Indian journal of veterinary science and animal husbandry - Volume 2,
Year: 1932
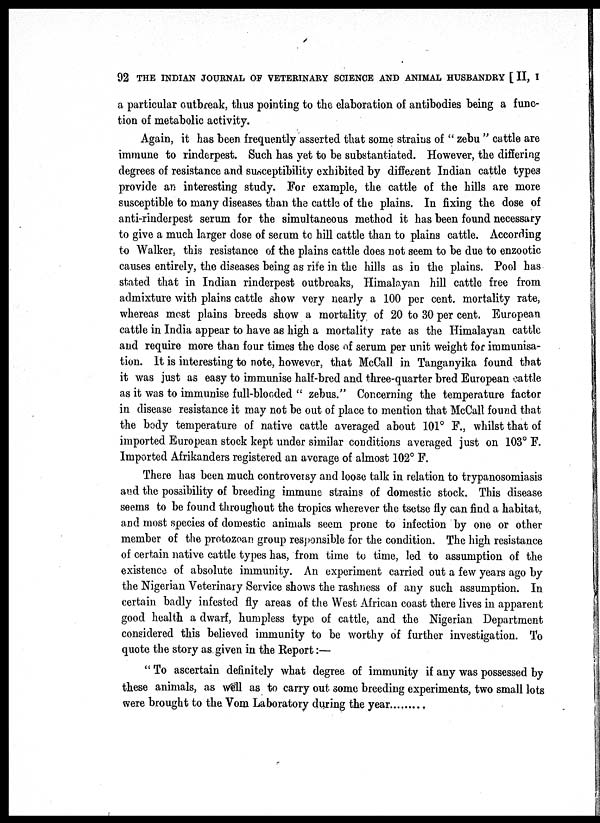
92 THE INDIAN JOURNAL OF VETERINARY SCIENCE AND ANIMAL HUSBANDRY [ II, I
a particular outbreak, thus pointing to the elaboration of antibodies being a func-
tion of metabolic activity.
Again, it has been frequently asserted that some strains of " zebu " cattle are
immune to rinderpest. Such has yet to be substantiated. However, the differing
degrees of resistance and susceptibility exhibited by different Indian cattle types
provide an interesting study. For example, the cattle of the hills are more
susceptible to many diseases than the cattle of the plains. In fixing the dose of
anti-rinderpest serum for the simultaneous method it has been found necessary
to give a much larger dose of serum to hill cattle than to plains cattle. According
to Walker, this resistance of the plains cattle does not seem to be due to enzootic
causes entirely, the diseases being as rife in the hills as in the plains. Pool has
stated that in Indian rinderpest outbreaks, Himalayan hill cattle free from
admixture with plains cattle show very nearly a 100 per cent. mortality rate,
whereas most plains breeds show a mortality of 20 to 30 per cent. European
cattle in India appear to have as high a mortality rate as the Himalayan cattle
and require more than four times the dose of serum per unit weight for immunisa-
tion. It is interesting to note, however, that McCall in Tanganyika found that
it was just as easy to immunise half-bred and three-quarter bred European cattle
as it was to immunise full-blooded " zebus." Concerning the temperature factor
in disease resistance it may not be out of place to mention that McCall found that
the body temperature of native cattle averaged about 101° F., whilst that of
imported European stock kept under similar conditions averaged just on 103° F.
Imported Afrikanders registered an average of almost 102° F.
There has been much controversy and loose talk in relation to trypanosomiasis
and the possibility of breeding immune strains of domestic stock. This disease
seems to be found throughout the tropics wherever the tsetse fly can find a habitat,
and most species of domestic animals seem prone to infection by one or other
member of the protozoan group responsible for the condition. The high resistance
of certain native cattle types has, from time to time, led to assumption of the
existence of absolute immunity. An experiment carried out a few years ago by
the Nigerian Veterinary Service shows the rashness of any such assumption. In
certain badly infested fly areas of the West African coast there lives in apparent
good health a dwarf, humpless type of cattle, and the Nigerian Department
considered this believed immunity to be worthy of further investigation. To
quote the story as given in the Report:—
" To ascertain definitely what degree of immunity if any was possessed by
these animals, as well as to carry out some breeding experiments, two small lots
were brought to the Vom Laboratory during the year